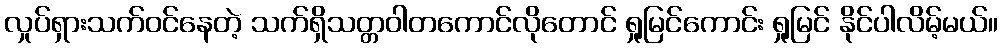
လှုပ်ရှားသက်ဝင်နေတဲ့ သက်ရှိသတ္တဝါတကောင်လိုတောင် ရှုမြင်ကောင်း ရှုမြင် နိုင်ပါလိမ့်မယ်။